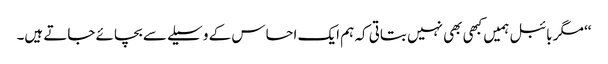
‘‘ مگر بائبل ہمیں کبھی بھی نہیں بتاتی کہ ہم ایک احساس کے وسیلے سے بچائے جاتے ہیں۔